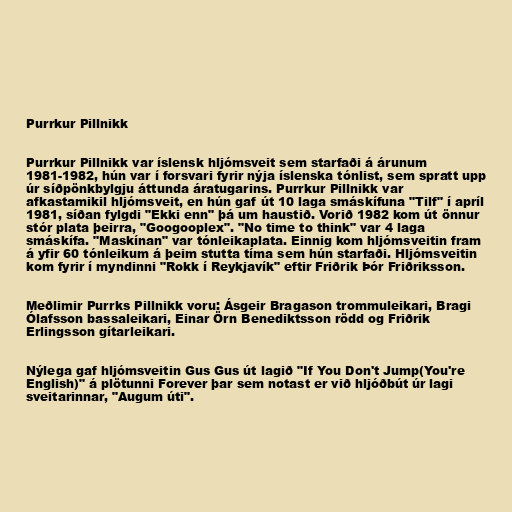
Purrkur Pillnikk

Purrkur Pillnikk var íslensk hljómsveit sem starfaði á árunum
1981-1982, hún var í forsvari fyrir nýja íslenska tónlist, sem spratt upp
úr síðpönkbylgju áttunda áratugarins. Purrkur Pillnikk var
afkastamikil hljómsveit, en hún gaf út 10 laga smáskífuna "Tilf" í apríl
1981, síðan fylgdi "Ekki enn" þá um haustið. Vorið 1982 kom út önnur
stór plata þeirra, "Googooplex". "No time to think" var 4 laga
smáskífa. "Maskínan" var tónleikaplata. Einnig kom hljómsveitin fram
á yfir 60 tónleikum á þeim stutta tíma sem hún starfaði. Hljómsveitin
kom fyrir í myndinni "Rokk í Reykjavík" eftir Friðrik Þór Friðriksson.

Meðlimir Purrks Pillnikk voru: Ásgeir Bragason trommuleikari, Bragi
Ólafsson bassaleikari, Einar Örn Benediktsson rödd og Friðrik
Erlingsson gítarleikari.

Nýlega gaf hljómsveitin Gus Gus út lagið "If You Don't Jump(You're
English)" á plötunni Forever þar sem notast er við hljóðbút úr lagi
sveitarinnar, "Augum úti".